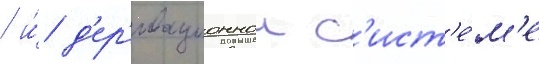
/ и́ д'ер'ивационнои с'ист'е́м'е